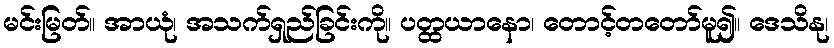
မင်းမြတ်။ အာယုံ၊ အသက်ရှည်ခြင်းကို။ ပတ္ထယာနော၊ တောင့်တတော်မူ၍။ ဒေသိနု၊